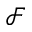
\mathcal { F }